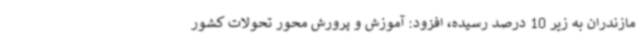
مازندران به زیر 10 درصد رسیده، افزود: آموزش و پرورش محور تحولات کشور